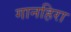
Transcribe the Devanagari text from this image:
गानहिरा